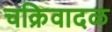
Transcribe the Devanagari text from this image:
चक्रिवादळ